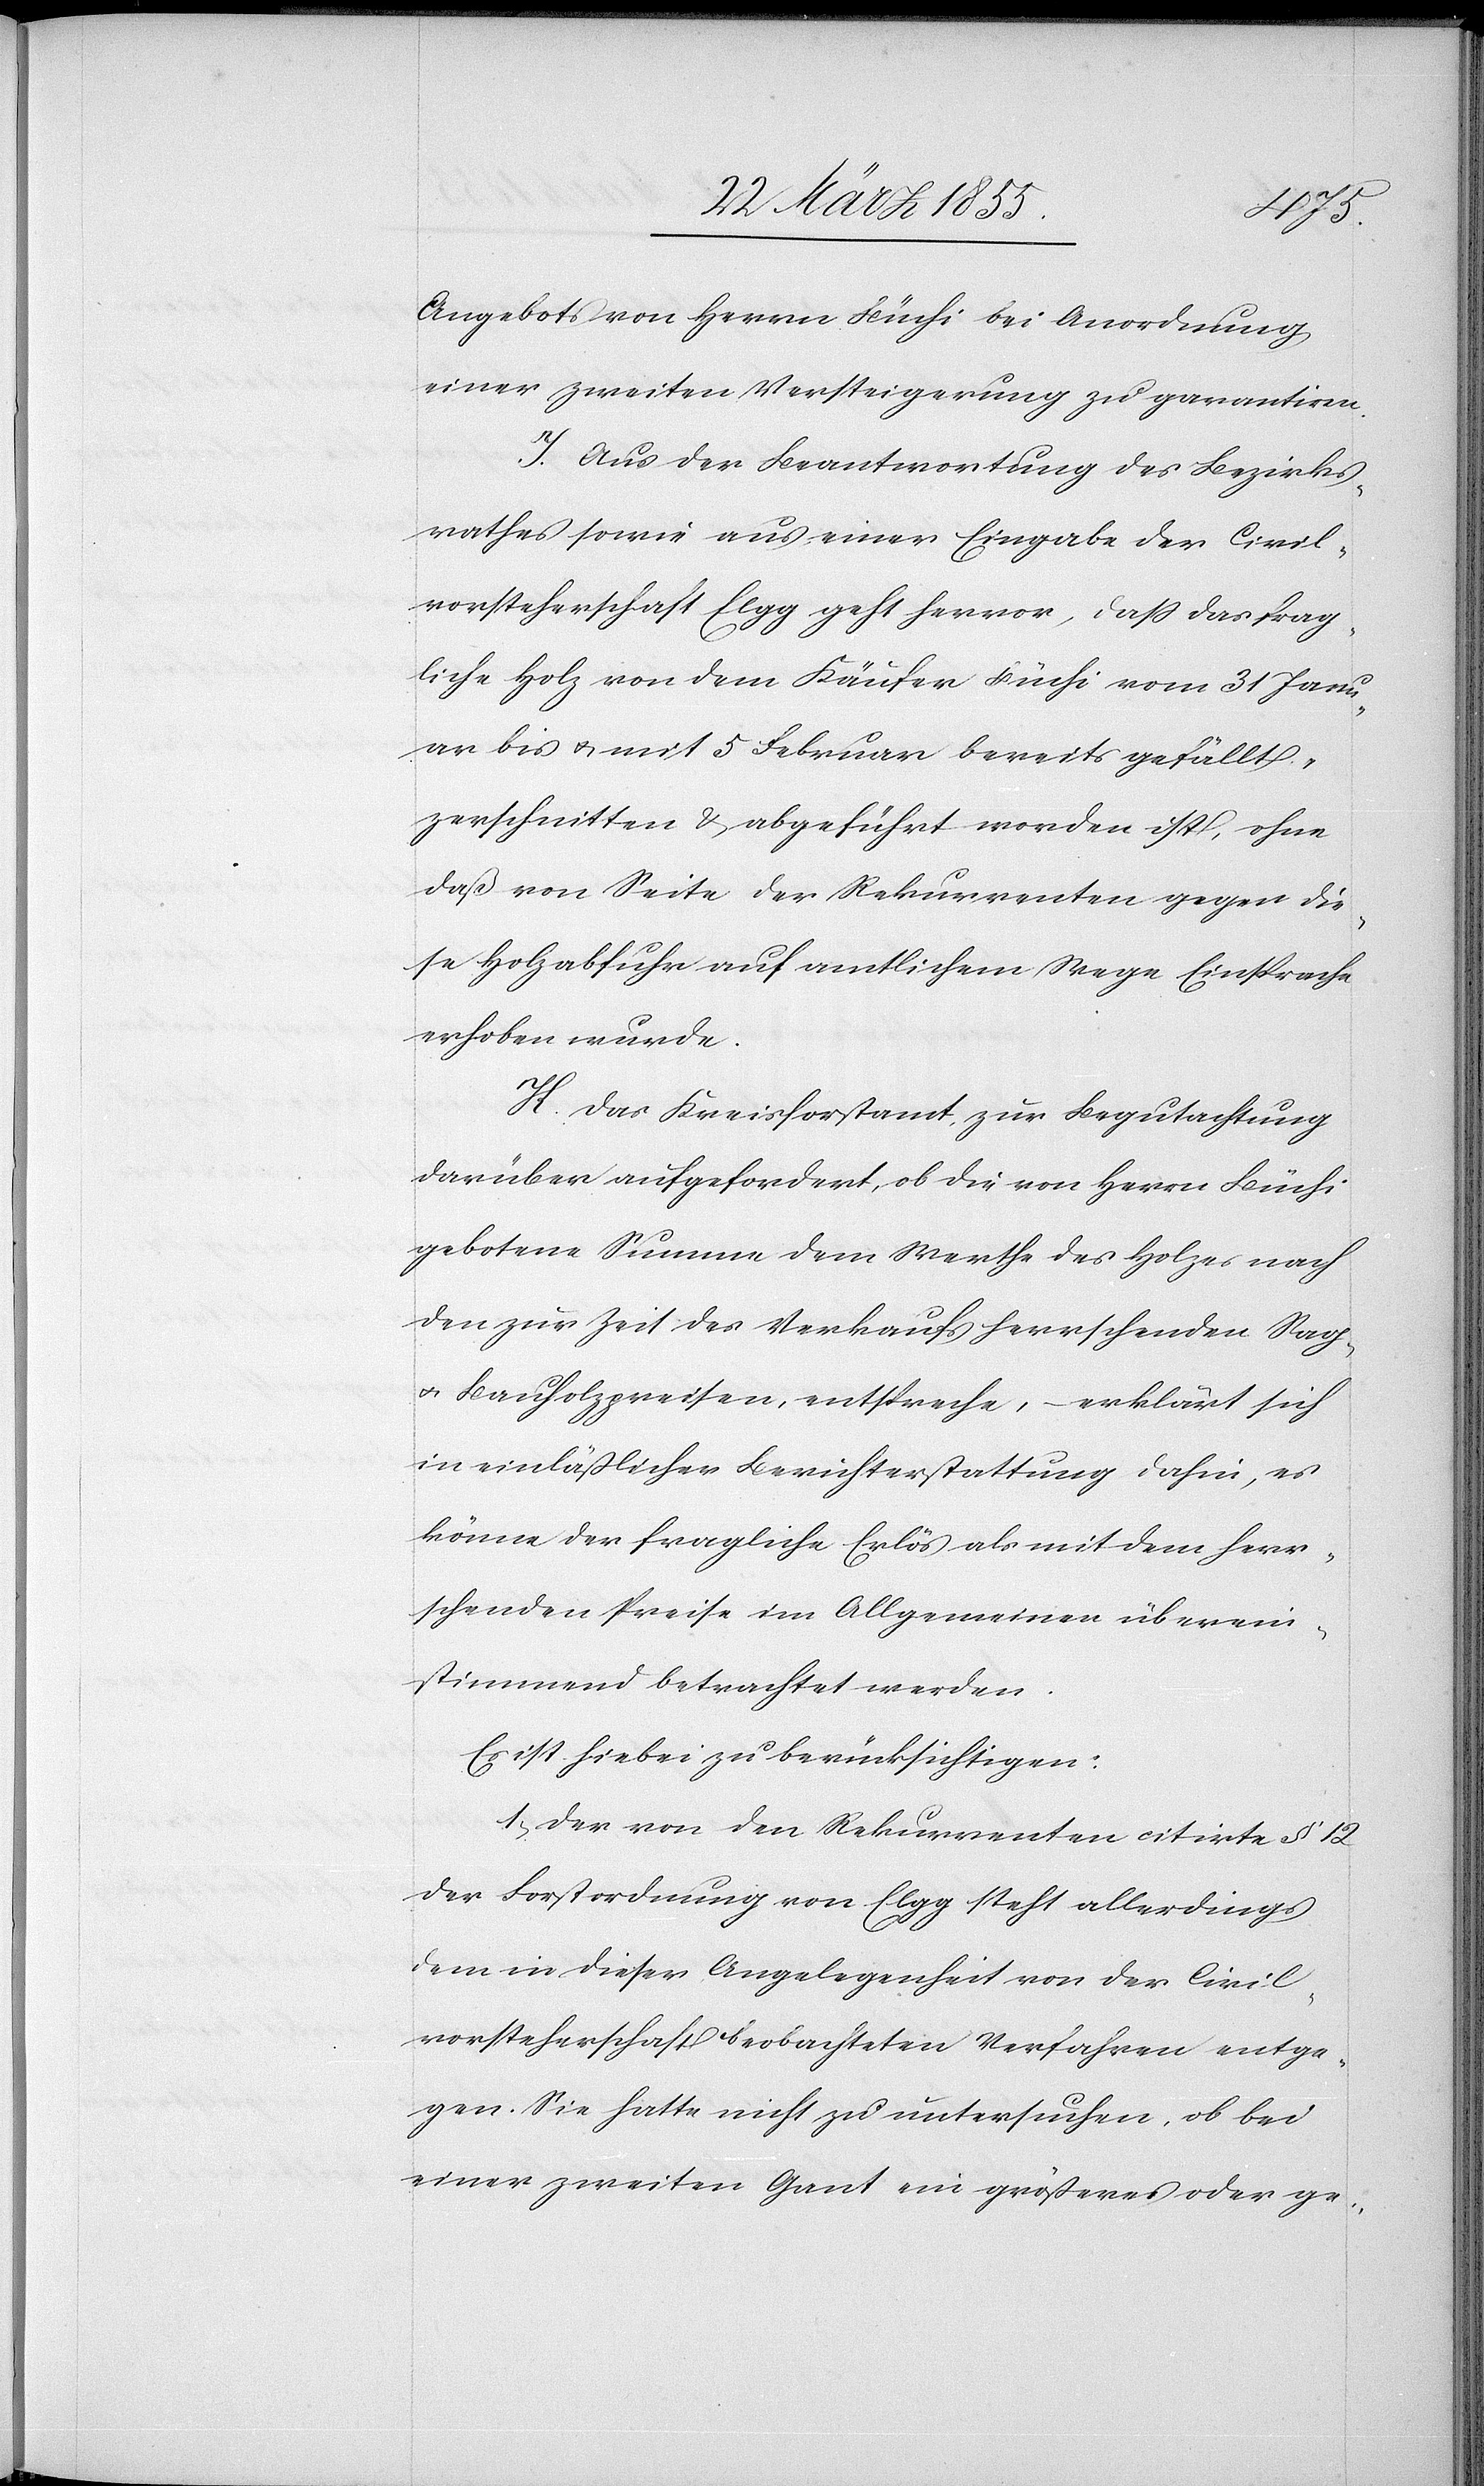
Angebots von Herrn Büchi bei Anordnung
einer zweiten Versteigerung zu garantiren.
I. Aus der Beantwortung des Bezirks¬
rathes sowie aus einer Eingabe der Civil¬
vorsteherschaft Elgg geht hervor, dass das frag¬
liche Holz von dem Käufer Büchi vom 31 Janu¬
ar bis & mit 5 Februar bereits gefällt,
zerschnitten & abgeführt worden ist, ohne
daß von Seite der Rekurrenten gegen die¬
se Holzabfuhr auf amtlichem Wege Einsprache
erhoben wurde.
K. Das Kreisforstamt, zur Begutachtung
darüber aufgefordert, ob die von Herrn Büchi
gebotene Summe dem Werthe des Holzes nach
den zur Zeit des Verkaufs herrschenden Sag-
& Bauholzpreisen, entspreche, – erklärt sich
in einläßlicher Berichterstattung dahin, es
könne der fragliche Erlös als mit dem herr¬
schenden Preise im Allgemeinen überein¬
stimmend betrachtet werden.
Es ist hiebei zu berücksichtigen:
1, Der von den Rekurrenten citirte § 12
der Forstordnung von Elgg steht allerdings
dem in dieser Angelegenheit von der Civil¬
vorsteherschaft beobachteten Verfahren entge¬
gen. Sie hatte nicht zu untersuchen, ob bei
einer zweiten Gant ein größeres oder ge-